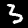
Digit: 3